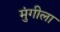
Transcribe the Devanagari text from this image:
मुंगीला